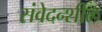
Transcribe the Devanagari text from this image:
संवेदन्शील